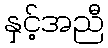
နှင့်အညီ